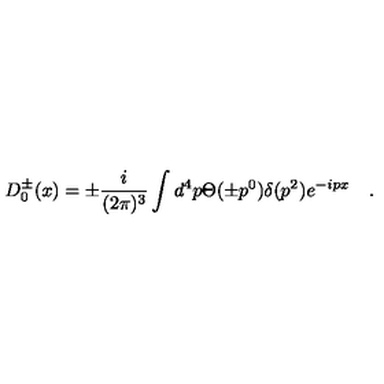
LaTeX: D _ { 0 } ^ { \pm } ( x ) = \pm \frac { i } { ( 2 \pi ) ^ { 3 } } \int d ^ { 4 } p \Theta ( \pm p ^ { 0 } ) \delta ( p ^ { 2 } ) e ^ { - i p x } \quad .